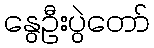
နွေဦးပွဲတော်